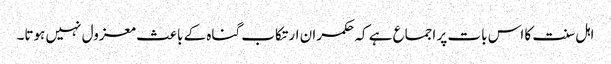
اہل سنت کا اس بات پر اجماع ہے کہ حکمران ارتکاب گناہ کے باعث معزول نہیں ہوتا۔